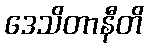
ဒေသိတာနီတိ